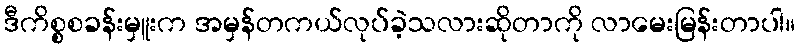
ဒီကိစ္စစခန်းမှူးက အမှန်တကယ်လုပ်ခဲ့သလားဆိုတာကို လာမေးမြန်းတာပါ။